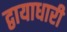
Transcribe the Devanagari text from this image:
द्वायाधारी